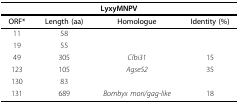
| <COLSPAN=4> LyxyMNPV |
 | --- | --- | --- | --- |
 | ORF* | Length (aa) | Homologue | Identity (%) |
 | <underline>11</underline> | 58 |  |  |
 | <underline>19</underline> | 55 |  |  |
 | 49 | 305 | Clbi31 | 15 |
 | 123 | 105 | Agse52 | 35 |
 | <underline>130</underline> | 83 |  |  |
 | <underline>131</underline> | 689 | Bombyx mori/gag-like | 18 |